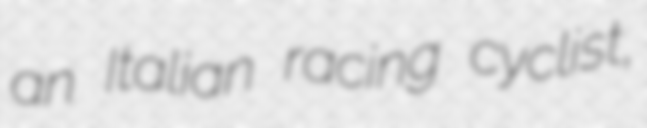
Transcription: an Italian racing cyclist,